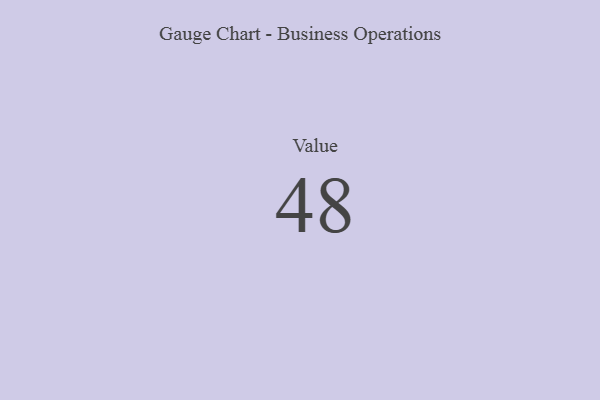
{"axis": {"x": "Metric", "y": "Value"}, "legend": [""], "data": [{"x": "Value", "y": 48, "type": ""}]}